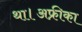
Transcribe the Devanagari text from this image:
था।अफ्रीका